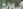
ESLA